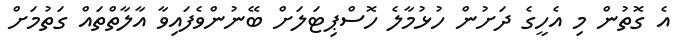
އެ ގޮތުން މި އެހީގެ ދަށުން ހުޅުމާލެ ހޮސްޕިޓަލަށް ބޭނުންވެފައިވާ އާލާތްތައް ގަތުމަށް